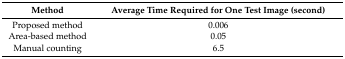
<table><thead><tr><td><b>Method</b></td><td><b>Average Time Required for One Test Image (second)</b></td></tr></thead><tbody><tr><td>Proposed method</td><td>0.006</td></tr><tr><td>Area-based method</td><td>0.05</td></tr><tr><td>Manual counting</td><td>6.5</td></tr></tbody></table>